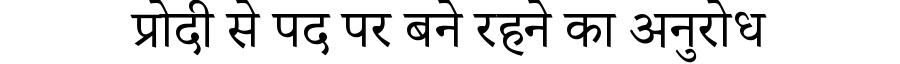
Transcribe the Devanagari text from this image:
प्रोदी से पद पर बने रहने का अनुरोध